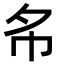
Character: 𢁟